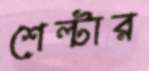
শেল্টার